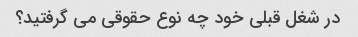
در شغل قبلی خود چه نوع حقوقی می گرفتید؟